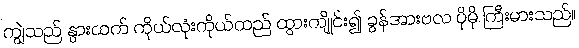
ကျွဲသည် နွားထက် ကိုယ်လုံးကိုယ်ထည် ထွားကျိုင်း၍ ခွန်အားဗလ ပိုမို ကြီးမားသည်။